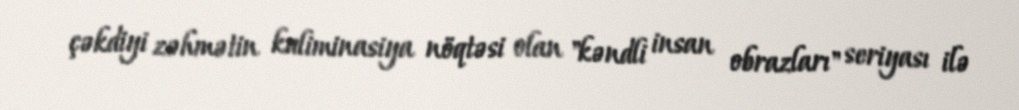
çəkdiyi zəhmətin kuliminasiya nöqtəsi olan "kəndli insan obrazları" seriyası ilə